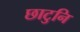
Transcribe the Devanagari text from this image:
छाटुनि